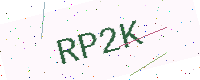
Text: RP2K